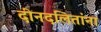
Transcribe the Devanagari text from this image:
दीनदलितांना